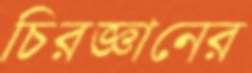
চিরজ্ঞানের